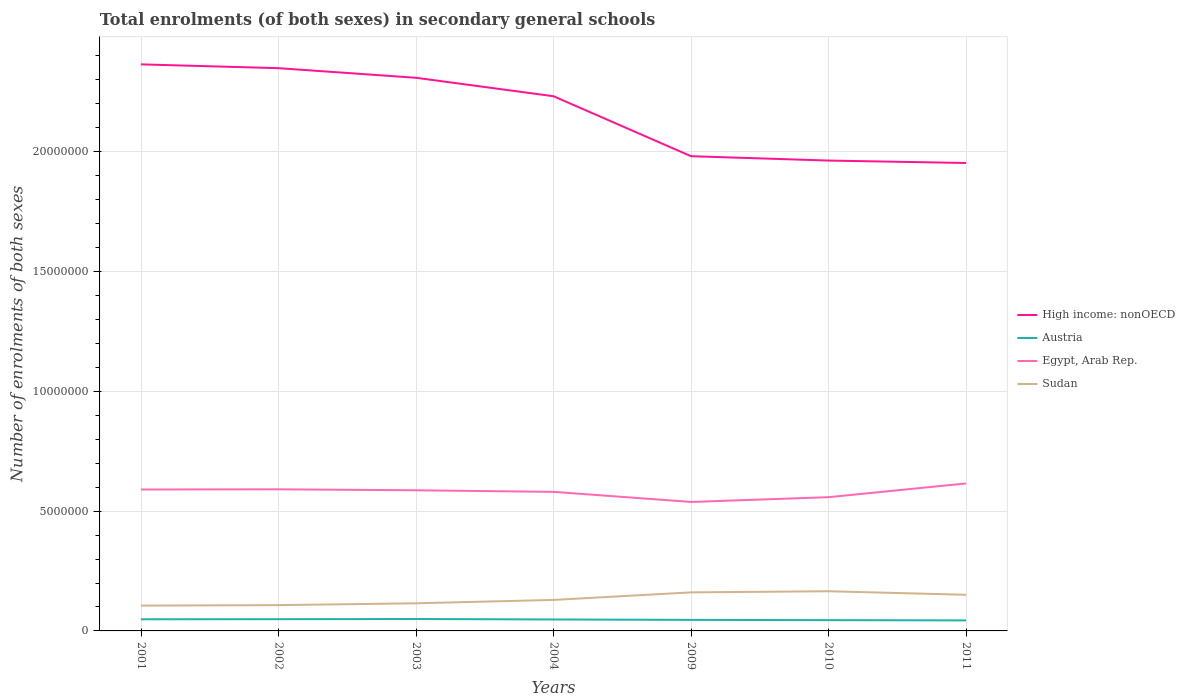
| Years | High income: nonOECD | Austria | Egypt, Arab Rep. | Sudan |
 | --- | --- | --- | --- | --- |
 | 2001 | 2.36e+07 | 4.86e+05 | 5.9e+06 | 1.06e+06 |
 | 2002 | 2.35e+07 | 4.9e+05 | 5.91e+06 | 1.08e+06 |
 | 2003 | 2.31e+07 | 4.98e+05 | 5.87e+06 | 1.15e+06 |
 | 2004 | 2.23e+07 | 4.78e+05 | 5.8e+06 | 1.29e+06 |
 | 2009 | 1.98e+07 | 4.61e+05 | 5.38e+06 | 1.61e+06 |
 | 2010 | 1.96e+07 | 4.5e+05 | 5.58e+06 | 1.66e+06 |
 | 2011 | 1.95e+07 | 4.39e+05 | 6.16e+06 | 1.51e+06 |